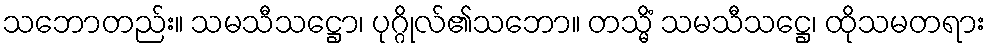
သဘောတည်း။ သမသီသဋ္ဌော၊ ပုဂ္ဂိုလ်၏သဘော။ တသ္မိံ သမသီသဋ္ဌေ၊ ထိုသမတရား